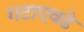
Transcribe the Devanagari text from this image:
गटाएवढे